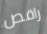
راقص